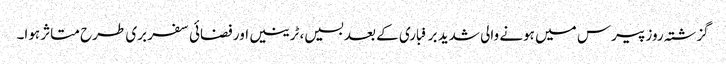
گزشتہ روز پیرس میں ہونے والی شدید برفباری کے بعد بسیں، ٹرینیں اور فضائی سفر بری طرح متاثر ہوا۔